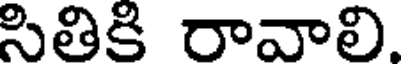
సితికి రావాలి.